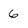
Character: 6